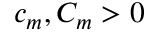
c _ { m } , C _ { m } > 0